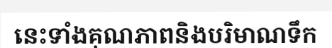
នេះទាំងគុណភាពនិងបរិមាណទឹក